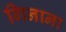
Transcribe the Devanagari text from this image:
गिनाना